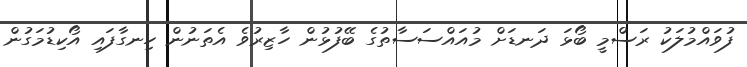
ފުވައްމުލަކު ރަސްމީ ބޯޅަ ދަނޑަށް މުއައްސަސާތުގެ ބޭފުޅުން ހާޒިރުވެ އެތަނުން ހިނގާފައި އޯކިޑުމަގުން